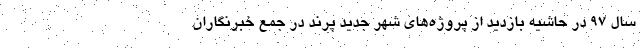
سال ۹۷ در حاشیه بازدید از پروژه‌های شهر جدید پرند در جمع خبرنگاران